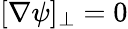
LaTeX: [\nabla\psi]_{\bot}=0